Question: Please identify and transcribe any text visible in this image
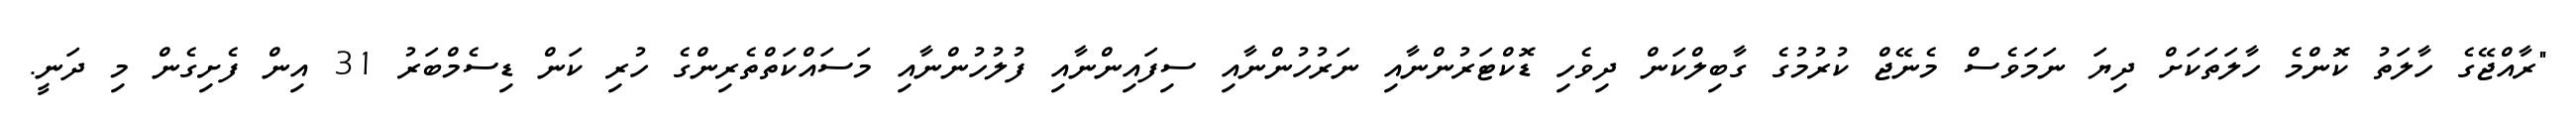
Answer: "ރާއްޖޭގެ ހާލަތު ކޮންމެ ހާލަތަކަށް ދިޔަ ނަމަވެސް މެނޭޖް ކުރުމުގެ ގާބިލްކަން ދިވެހި ޑޮކްޓަރުންނާއި ނަރުހުންނާއި ސިފައިންނާއި ފުލުހުންނާއި މަސައްކަތްތެރިންގެ ހުރި ކަން ޑިސެމްބަރު 31 އިން ފެށިގެން މި ދަނީ.